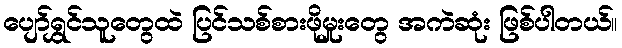
ပျော်ရွှင်သူတွေထဲ ပြင်သစ်စားဖိုမှုးတွေ အကဲဆုံး ဖြစ်ပါတယ်။